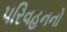
પરિવહનનો